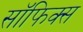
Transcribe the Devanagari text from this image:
सॉफिक्स